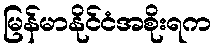
မြန်မာနိုင်ငံအစိုးရက